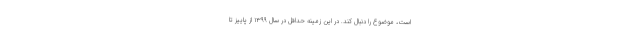
است، موضوع را دنبال کند. در این زمینه حداقل در سال ۱۳۹۹ از پاییز تا